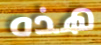
هذه